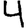
Digit: 4